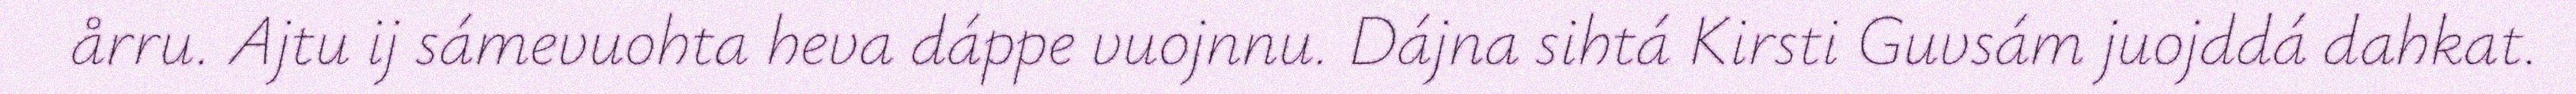
årru. Ajtu ij sámevuohta heva dáppe vuojnnu. Dájna sihtá Kirsti Guvsám juojddá dahkat.